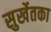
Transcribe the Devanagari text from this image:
सुर्खेतका